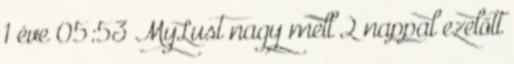
1 éve 05:53 MyLust nagy mell 2 nappal ezelőtt